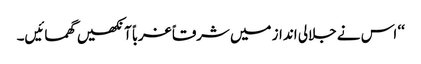
‘‘ اس نے جلالی انداز میں شرقاً غرباً آنکھیں گھمائیں۔